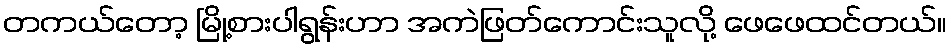
တကယ်တော့ မြို့စားပါရွန်းဟာ အကဲဖြတ်ကောင်းသူလို့ ဖေဖေထင်တယ်။